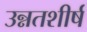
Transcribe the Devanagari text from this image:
उन्नतशीर्ष